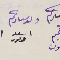
ولد سيادتكم اسعد منصور